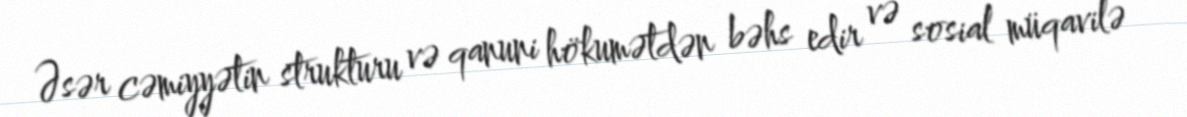
Əsər cəmiyyətin strukturu və qanuni hökumətdən bəhs edir və sosial müqavilə